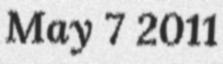
May 7 2011